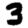
Digit: 3